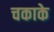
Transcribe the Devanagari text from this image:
चकाके